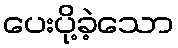
ပေးပို့ခဲ့သော